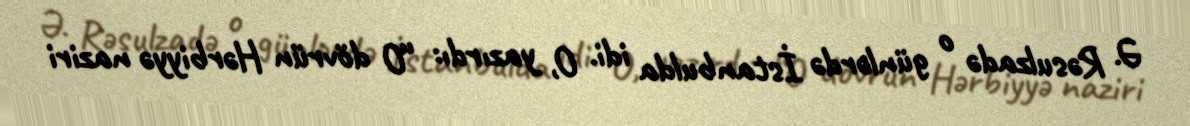
Ə. Rəsulzadə o günlərdə İstanbulda idi. O, yazırdı: “O dövrün Hərbiyyə naziri